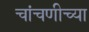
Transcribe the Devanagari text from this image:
चांचणीच्या